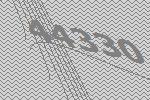
44330